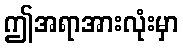
ဤအရာအားလုံးမှာ